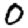
Digit: 0